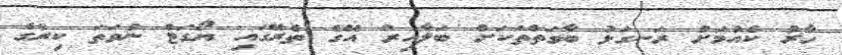
ހާރު ކެއުމަަށް ރަނގަޅު ބާވަތްތަކަށް ބަލާއިރު އޭގެ ތެރޭގައި ޔޯގަޓް ނުވަތަ ކިރުގެ